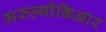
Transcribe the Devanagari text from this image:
मरुल्नीकिआर